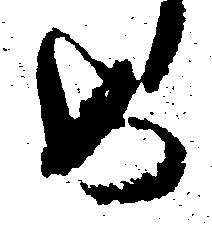
め